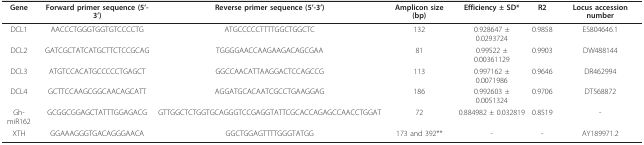
<table><thead><tr><td><b>Gene</b></td><td><b>Forward primer sequence (5&#x27;-3&#x27;)</b></td><td><b>Reverse primer sequence (5&#x27;-3&#x27;)</b></td><td><b>Amplicon size (bp)</b></td><td><b>Efficiency ± SD*</b></td><td><b>R2</b></td><td><b>Locus accession number</b></td></tr></thead><tbody><tr><td>DCL1</td><td>AACCCTGGGTGGTGTCCCCTG</td><td>ATGCCCCCTTTTGGCTGGCTC</td><td>132</td><td>0.928647 ± 0.0293724</td><td>0.9858</td><td>ES804646.1</td></tr><tr><td>DCL2</td><td>GATCGCTATCATGCTTCTCCGCAG</td><td>TGGGGAACCAAGAAGACAGCGAA</td><td>81</td><td>0.99522 ± 0.00361129</td><td>0.9903</td><td>DW488144</td></tr><tr><td>DCL3</td><td>ATGTCCACATGCCCCCTGAGCT</td><td>GGCCAACATTAAGGACTCCAGCCG</td><td>113</td><td>0.997162 ± 0.0071986</td><td>0.9646</td><td>DR462994</td></tr><tr><td>DCL4</td><td>GCTTCCAAGCGGCAACAGCATT</td><td>AGGATGCACAATCGCCTGAAGGAG</td><td>186</td><td>0.992603 ± 0.0051324</td><td>0.9706</td><td>DT568872</td></tr><tr><td>Gh-miR162</td><td>GCGGCGGAGCTATTTGGAGACG</td><td>GTTGGCTCTGGTGCAGGGTCCGAGGTATTCGCACCAGAGCCAACCTGGAT</td><td>72</td><td>0.884982 ± 0.032819</td><td>0.8519</td><td>-</td></tr><tr><td>XTH</td><td>GGAAAGGGTGACAGGGAACA</td><td>GGCTGGAGTTTTGGGTATGG</td><td>173 and 392**</td><td>-</td><td>-</td><td>AY189971.2</td></tr></tbody></table>